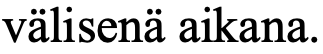
välisenä aikana.